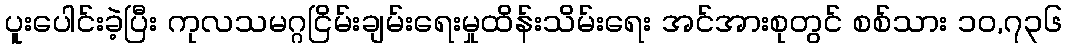
ပူးပေါင်းခဲ့ပြီး ကုလသမဂ္ဂငြိမ်းချမ်းရေးမှုထိန်းသိမ်းရေး အင်အားစုတွင် စစ်သား ၁၀,၇၃၆